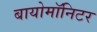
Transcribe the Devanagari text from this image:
बायोमाॅनिटर